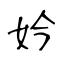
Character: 妗